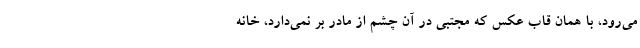
می‌رود، با همان قاب عکس که مجتبی در آن چشم از مادر بر نمی‌دارد، خانه